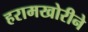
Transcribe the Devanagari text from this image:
हरामखोरीने